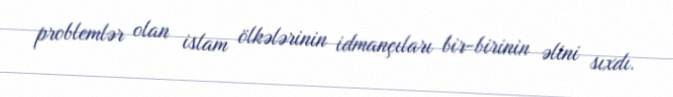
problemlər olan islam ölkələrinin idmançıları bir-birinin əlini sıxdı.